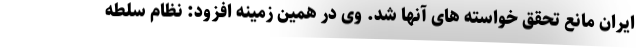
ایران مانع تحقق خواسته های آنها شد. وی در همین زمینه افزود: نظام سلطه